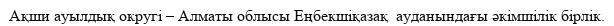
Ақши ауылдық округі – Алматы облысы Еңбекшіқазақ  ауданындағы әкімшілік бірлік.